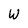
Character: W